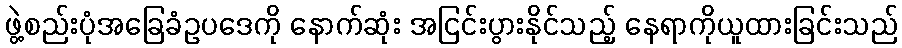
ဖွဲ့စည်းပုံအခြေခံဥပဒေကို နောက်ဆုံး အငြင်းပွားနိုင်သည့် နေရာကိုယူထားခြင်းသည်